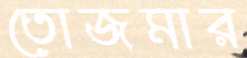
তোজমার